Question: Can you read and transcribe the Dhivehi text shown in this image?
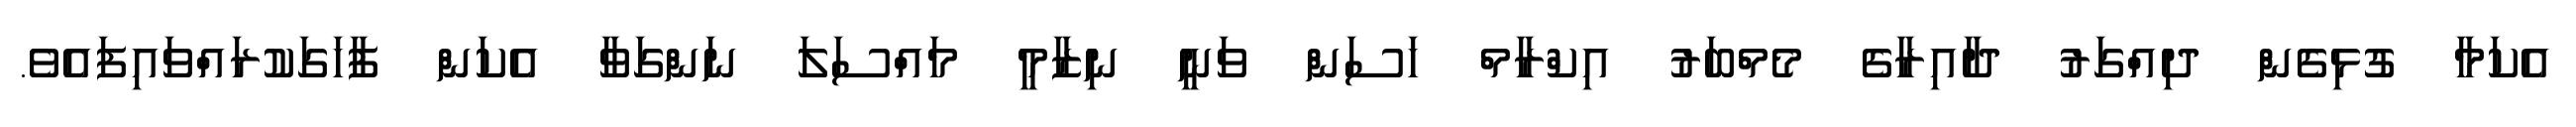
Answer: އެކަމާ ގުޅިގެން ދިއްގަރު ދާއިރާގެ މެމްބަރު އިކްރާމް ހަސަން ވަނީ ނިޒާމީ މައްސަލަ ނަންގަވާ އެކަން ފާހަގަކުރައްވައިފައެވެ.